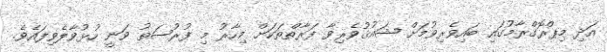
އަދި މިޕްރޮގްރާމުގައި ބައިވެރިވުމަށް ޝައުޤުވެރިވާ ފަރާތްތަކަށް މިހާރު މި ފުރުޞަތު ވަނީ ހުޅުވާލެވިފައެވެ.